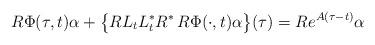
LaTeX: \begin{align*}R\Phi(\tau,t)\alpha+ \big\{RL_tL_t^*R^*\, R \Phi(\cdot,t)\alpha\big\}(\tau)= Re^{A(\tau-t)}\alpha\end{align*}